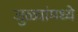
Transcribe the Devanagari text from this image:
जुळ्यांमध्ये